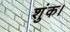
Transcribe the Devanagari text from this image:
शुंक।